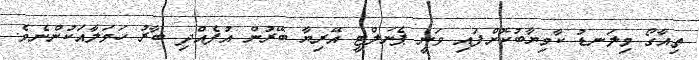
ތިއާގޯ މިލަނޑު ކާމިޔާބުކޮށްފައި ވަނީ ޕެނަލްޓީ އޭރިޔާ ބޭރުން އުފެއްދި ބާރު ހަމަލާއަކުންނެވެ.